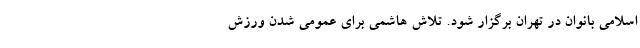
اسلامی بانوان در تهران برگزار شود. تلاش هاشمی برای عمومی شدن ورزش